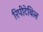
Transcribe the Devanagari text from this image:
रिपीटेबिल